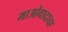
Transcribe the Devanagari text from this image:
माओवादाचा